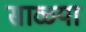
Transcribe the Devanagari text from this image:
साळ्या